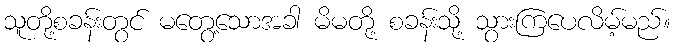
သူတို့စခန်းတွင် မတွေ့သောအခါ မိမတို့ စခန်းသို့ သွားကြပေလိမ့်မည်။